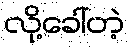
လို့ခေါ်တဲ့